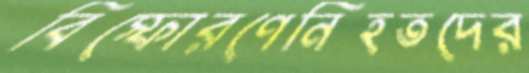
বিস্ফোরণেনিহতদের